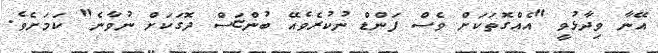
އޭނާ ވިދާޅުވީ "އެއްގޮތަކަށް ވެސް ފަންޑް ނުކުރެވެއޭ ބުންޏަސް ދޮގަކަށް ނުވާނެ" ކަމަށެވެ.